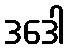
ဒဒေါ